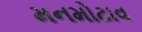
મનમોટાવ